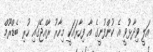
އަލީ ވިދާޅުވީ އެ ކުންފުނީގެ އާ ފިހާރައަކީ މިހާރު ރާއްޖޭގައި ހުރި ބެޑްރޫމް